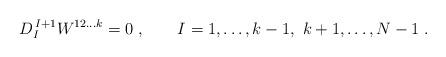
LaTeX: \begin{align*} D^{\,I+1}_{I} W^{12\ldots k} = 0\;, \qquad I=1,\ldots, k-1,\ k+1, \ldots, N-1\;.\end{align*}